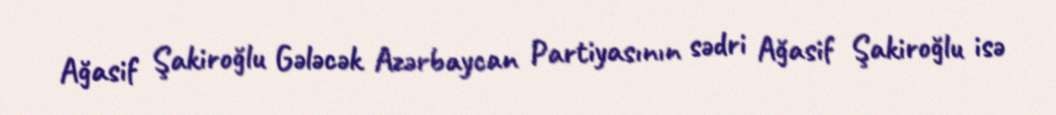
Ağasif Şakiroğlu Gələcək Azərbaycan Partiyasının sədri Ağasif Şakiroğlu isə